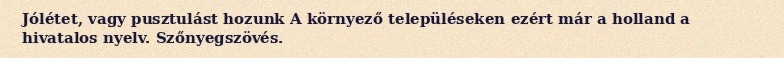
Jólétet, vagy pusztulást hozunk A környező településeken ezért már a holland a hivatalos nyelv. Szőnyegszövés.